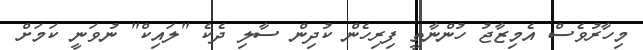
މިހާރުވެސް އެމިޒާޖު ހުންނާތީ ފިރިހެން ކުދިން ސާލި ދެކެ "ލައިކް" ނުވަނީ ކަމަށް